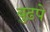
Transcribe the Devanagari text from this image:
बुढ़पे